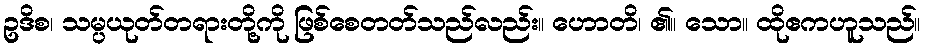
ဥဒိစ၊ သမ္ပယုတ်တရားတို့ကို ဖြစ်စေတတ်သည်လည်း။ ဟောတိ၊ ၏။ သော။ ထိုဧကဟူသည်။